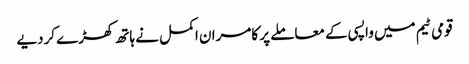
قومی ٹیم میں واپسی کے معاملے پر کامران اکمل نے ہاتھ کھڑے کردیے